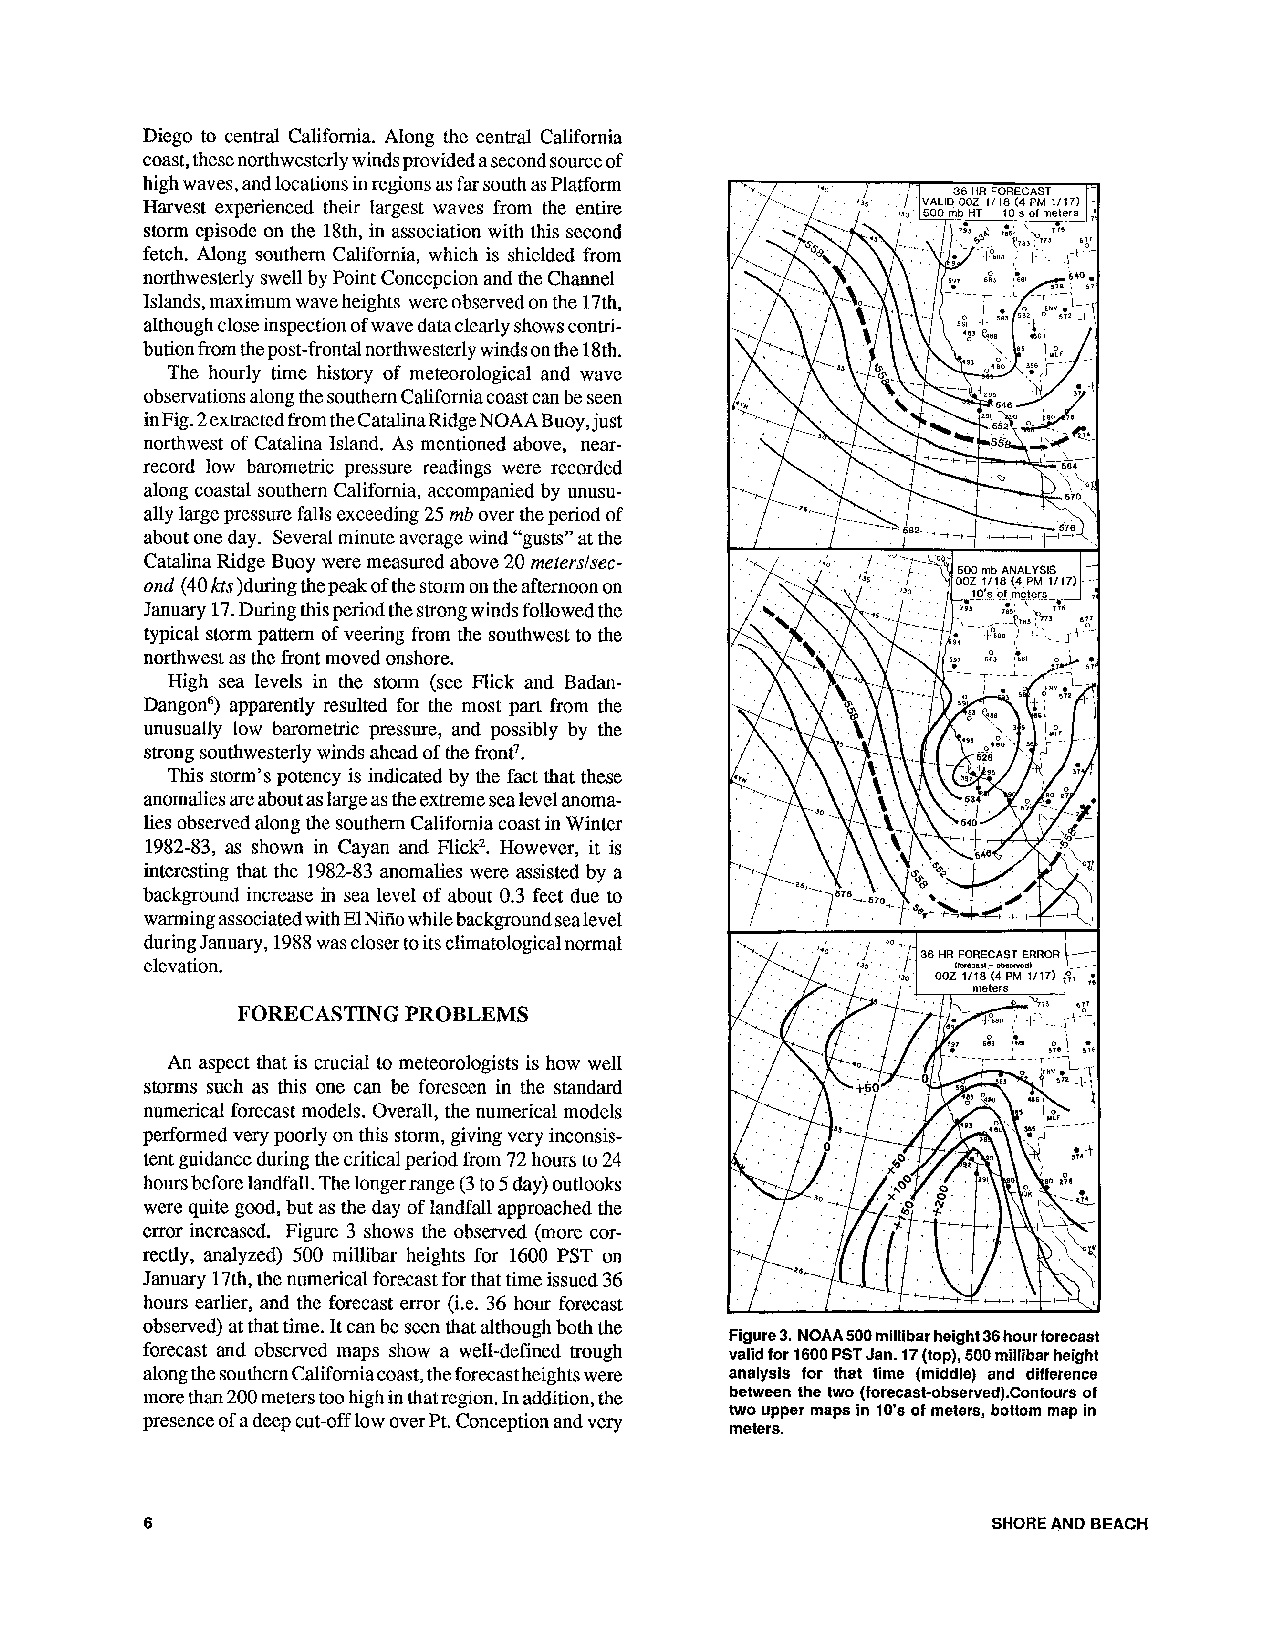
Diego to central California. Along the central California
 coast, these northwesterly winds provided a second source of
 high waves, and locations in regions as far south as Platform
 Harvest experienced their largest waves from the entire
 storm cpisodc on the 18th, in association with this second
 retch. Along southern California, which is shielded from
 northwesterly swell by Point Concepcion and the Channel
 Islands, maximum wave heights were observed on the 17th,
 although close inspection of wave data clearly shows contri-
 bution from the post-frontal northwesterly winds on the 18th.
 The hourly time history of meteorological and wave
 observations along the southern California coast can bc sccn
 inFig. 2 extracted from theCatalinaRidge NOAABuoy, just
 northwest of Catalina Island. As mentioned above, near-
 record low barometric pressure readings were recorded
 along coastal southern California, accompanied by unusu-
 ally large pressure falls exceeding 25 rnb over he period of
 about one day. Several minute average wind "gusts" at the
 Catalina Ridge Buoy were measured above 20 metcrslsec-
 ond (40 kts)during the peak of the storm on the afternoon on
 January 17. During this period the strong winds followed the
 typical storm pattern of veering from the southwest to the
 northwest as the front moved onshore.
 High sea levels in the storm (see Flick and Badan-
 Dangon6) apparently resulted for the most part from the
 unusually low barometric pressure, and possibly by the
 strong southwesterly winds ahead of the front7.
 This storm's potency is indicated by the fact that these
 anomalies are about as large as the extreme sea level anoma-
 lies observed along the southern California coast in Winter
 1982-83, as shown in Cayan and Flick2. However, it is
 interesting that the 1982-83 anomalies were assisted by a
 background increase in sea level of about 0.3 feet due to
 warming associatedw ith El Niiio while background sea level
 during January, 1988 was closer to its climatological normal
 elevation.
 FORECASTING PROBLEMS
 An aspcct that is crucial to meteorologists is how well
 storms such as this one can be foreseen in the standard
 numerical forecast models. Overall, the numerical models
 performed very poorly on this storm, giving very inconsis-
 tent guidance during the critical period from 72 hours to 24
 hours before landfall. The longer range (3 to 5 day) outlooks
 were quite good, but as the day of landfall approached the
 error increased. Figure 3 shows the observed (more cor-
 rectly, analyzed) 500 millibar heights for 1600 PST on
 January 17th, the numerical forecast for that time issucd 36
 hours earlier, and the forecast error (i.e. 36 hour forecast
 observed) at that time. It can be seen that although both the
 Figure 3. NOAA500 millibar height 36 hour forecast
 forecast and observed maps show a well-defined trough valid for 1600 PST Jan. 17 (top), 500 millibar height
 along the southern Californiac oast, the forecast heights were analysis for that time (middle) and ditference
 more than 200 meters too high in that region. In addition, the between the two (forecast-observed).Confourso f
 two upper maps in 10's of meters, bottom map in
 presence of a deep cut-off low over Pt. Conception and very
 meters.
 SHORE AND BEACH